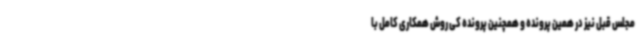
مجلس قبل نیز در همین پرونده و همچنین پرونده کی روش همکاری کامل با